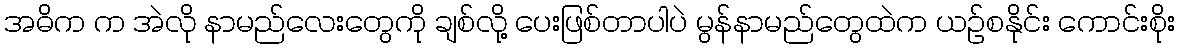
အဓိက က အဲလို နာမည်လေးတွေကို ချစ်လို့ ပေးဖြစ်တာပါပဲ မွန်နာမည်တွေထဲက ယဉ်စနိုင်း ကောင်းစိုး